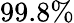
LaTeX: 99.8\%